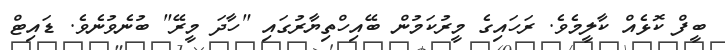
ބީފް ކޮޅެއް ކާލީމެވެ. ރަހައިގެ މީރުކަމުން ބޭއިހްތިޔާރުގައި "ހާދަ މީރޭ" ބުނެވުނެވެ. ޑައިޓް